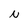
Character: N